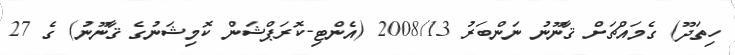
ހިތަދޫ) ގެމައްޗަށް ޤާނޫނު ނަންބަރު 2008/13 (އެންޓި-ކޮރަޕްޝަން ކޮމިޝަނުގެ ޤާނޫނު) ގެ 27